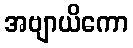
အဗျာယိကော